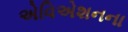
એવિએશનના